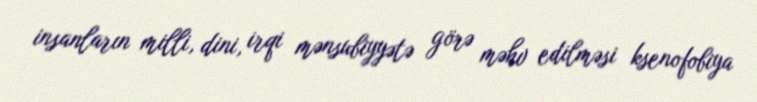
insanların milli, dini, irqi mənsubiyyətə görə məhv edilməsi ksenofobiya